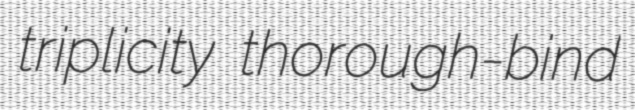
triplicity thorough-bind